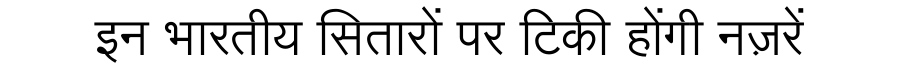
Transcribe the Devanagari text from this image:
इन भारतीय सितारों पर टिकी होंगी नज़रें